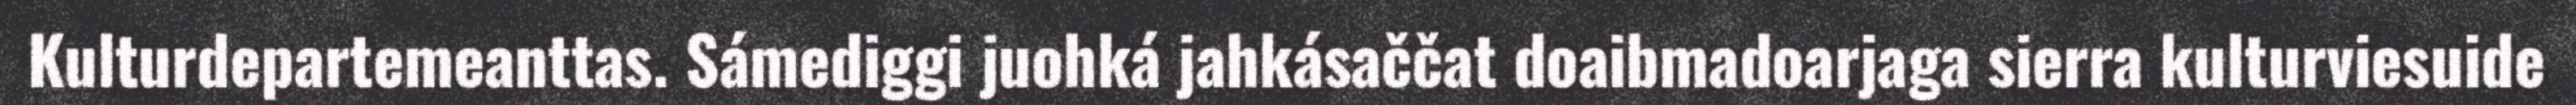
Kulturdepartemeanttas. Sámediggi juohká jahkásaččat doaibmadoarjaga sierra kulturviesuide